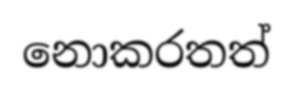
නොකරතත්